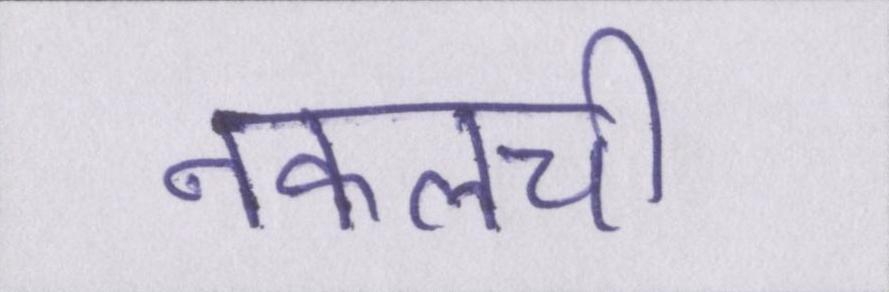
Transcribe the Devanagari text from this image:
नकलची